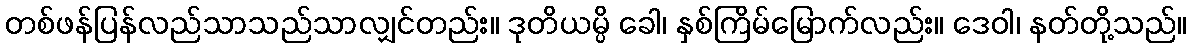
တစ်ဖန်ပြန်လည်သာသည်သာလျှင်တည်း။ ဒုတိယမ္ပိ ခေါ၊ နှစ်ကြိမ်မြောက်လည်း။ ဒေဝါ၊ နတ်တို့သည်။